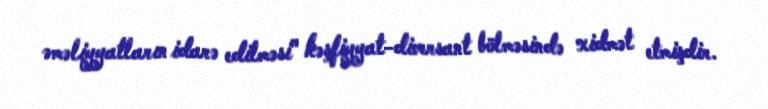
əməliyyatların idarə edilməsi" kəşfiyyat-diversant bölməsində xidmət etmişdir.